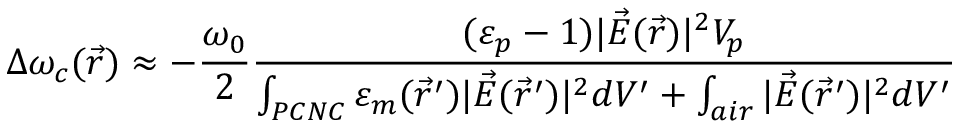
\Delta \omega _ { c } ( \vec { r } ) \approx - \frac { \omega _ { 0 } } { 2 } \frac { ( \varepsilon _ { p } - 1 ) | \vec { E } ( \vec { r } ) | ^ { 2 } V _ { p } } { \int _ { P C N C } \varepsilon _ { m } ( \vec { r } ^ { \prime } ) | \vec { E } ( \vec { r } ^ { \prime } ) | ^ { 2 } d V ^ { \prime } + \int _ { a i r } | \vec { E } ( \vec { r } ^ { \prime } ) | ^ { 2 } d V ^ { \prime } }